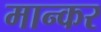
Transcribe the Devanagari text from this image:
मान्कर